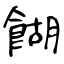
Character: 餬